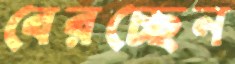
বেরচ্ছেন